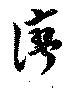
灣